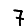
Digit: 7